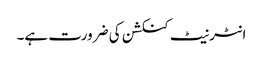
انٹرنیٹ کنکشن کی ضرورت ہے۔